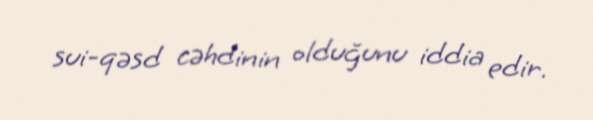
sui-qəsd cəhdinin olduğunu iddia edir.